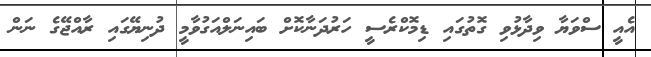
އެެއީ ސްވަޔާ ވިދާޅުވި ގޮތުގައި ޑިމޮކްރެސީ ހަރުދަނާކޮށް ބައިނަލްއަގުވާމީ ދުނިޔޭގައި ރާއްޖޭގެ ނަން